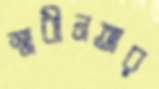
স্বাধীনতার